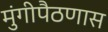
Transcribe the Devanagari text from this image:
मुंगीपैठणास